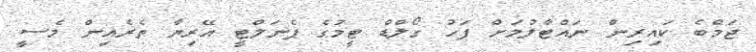
ޖަމްބެ ކައިރިން ނައްޓާލުމަށް ފަހު ގޯލްޑް ޓީމުގެ ޕެނަލްޓީ އޭރިޔާ ތެރެއިން މެސީ